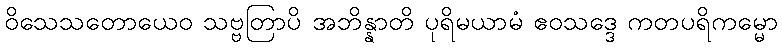
ဝိသေသတောယေဝ သဗ္ဗတြာပိ အဘိန္နာတိ ပုရိမယာမံ ဧဝသဒ္ဒေ ကတပရိကမ္မော